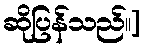
ဆိုပြန်သည်။]